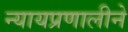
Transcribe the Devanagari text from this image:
न्यायप्रणालीने